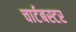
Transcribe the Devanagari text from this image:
चार्टबस्टर